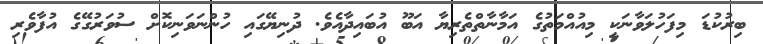
ބިރުކުޑަ މިފަހުލަވާނަކީ މިއުއްމަތުގެ އަމާނާތްތެރިޔާ އަބޫ އުބައިދާއެވެ. ދުނިޔޭގައި ހުންނަވަނިކޮށް ސުވަރުގޭގެ އުފާވެރި